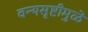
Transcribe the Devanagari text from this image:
वन्यसृष्टीमुळे